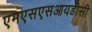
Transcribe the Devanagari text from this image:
एमएसएसआयडीसी